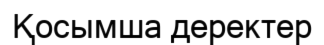
Қосымша деректер